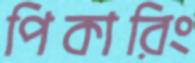
পিকারিং